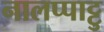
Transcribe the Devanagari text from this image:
नालप्पाट्टु